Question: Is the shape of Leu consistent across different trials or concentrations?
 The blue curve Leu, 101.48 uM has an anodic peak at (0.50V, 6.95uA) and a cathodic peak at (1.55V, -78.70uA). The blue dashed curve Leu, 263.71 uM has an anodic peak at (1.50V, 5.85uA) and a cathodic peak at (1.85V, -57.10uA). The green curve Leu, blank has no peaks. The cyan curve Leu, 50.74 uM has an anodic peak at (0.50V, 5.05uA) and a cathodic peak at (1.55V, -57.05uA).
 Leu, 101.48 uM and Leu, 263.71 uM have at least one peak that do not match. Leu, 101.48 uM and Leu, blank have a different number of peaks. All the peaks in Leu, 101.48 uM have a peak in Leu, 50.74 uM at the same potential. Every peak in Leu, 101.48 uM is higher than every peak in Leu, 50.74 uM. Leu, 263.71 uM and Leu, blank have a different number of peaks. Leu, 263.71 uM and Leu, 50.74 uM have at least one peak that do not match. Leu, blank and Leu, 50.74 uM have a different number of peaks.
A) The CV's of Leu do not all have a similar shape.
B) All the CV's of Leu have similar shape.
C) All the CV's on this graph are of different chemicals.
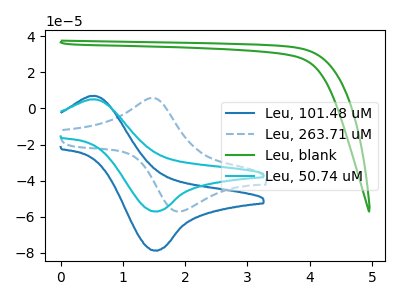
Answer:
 <answer>B) All the CV's of "Leu" have similar shape.</answer>
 <eval>B</eval>